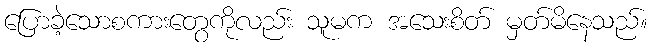
ပြောခဲ့သောစကားတွေကိုလည်း သူမက အသေးစိတ် မှတ်မိနေသည်။